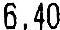
6.40